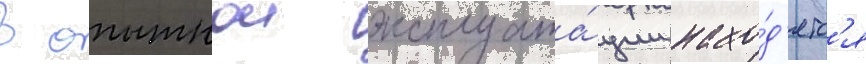
В опытнои эксплуата́ции нахо́д'ятс'я